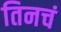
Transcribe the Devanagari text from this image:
तिनचं